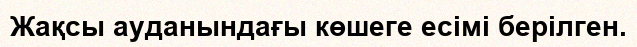
Жақсы ауданындағы көшеге есімі берілген.